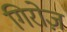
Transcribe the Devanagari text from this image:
गिरोज़